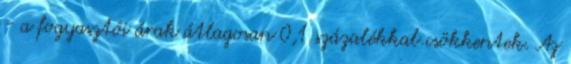
- a fogyasztói árak átlagosan 0,1 százalékkal csökkentek. Az